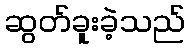
ဆွတ်ခူးခဲ့သည်